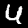
Label: 4